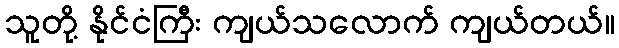
သူတို့ နိုင်ငံကြီး ကျယ်သလောက် ကျယ်တယ်။